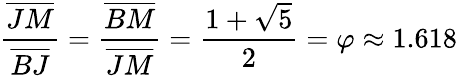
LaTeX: {\frac{\overline{{JM}}}{\overline{{BJ}}}}={\frac{\overline{{BM}}}{\overline{{JM}}}}={\frac{1+{\sqrt{5}}}{2}}=\varphi\approx 1.618